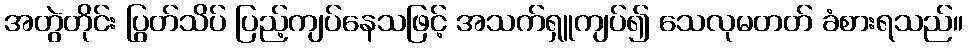
အတွဲတိုင်း ပြွတ်သိပ် ပြည့်ကျပ်နေသဖြင့် အသက်ရှူကျပ်၍ သေလုမတတ် ခံစားရသည်။